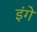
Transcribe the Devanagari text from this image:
इंगे